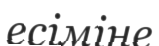
есіміне